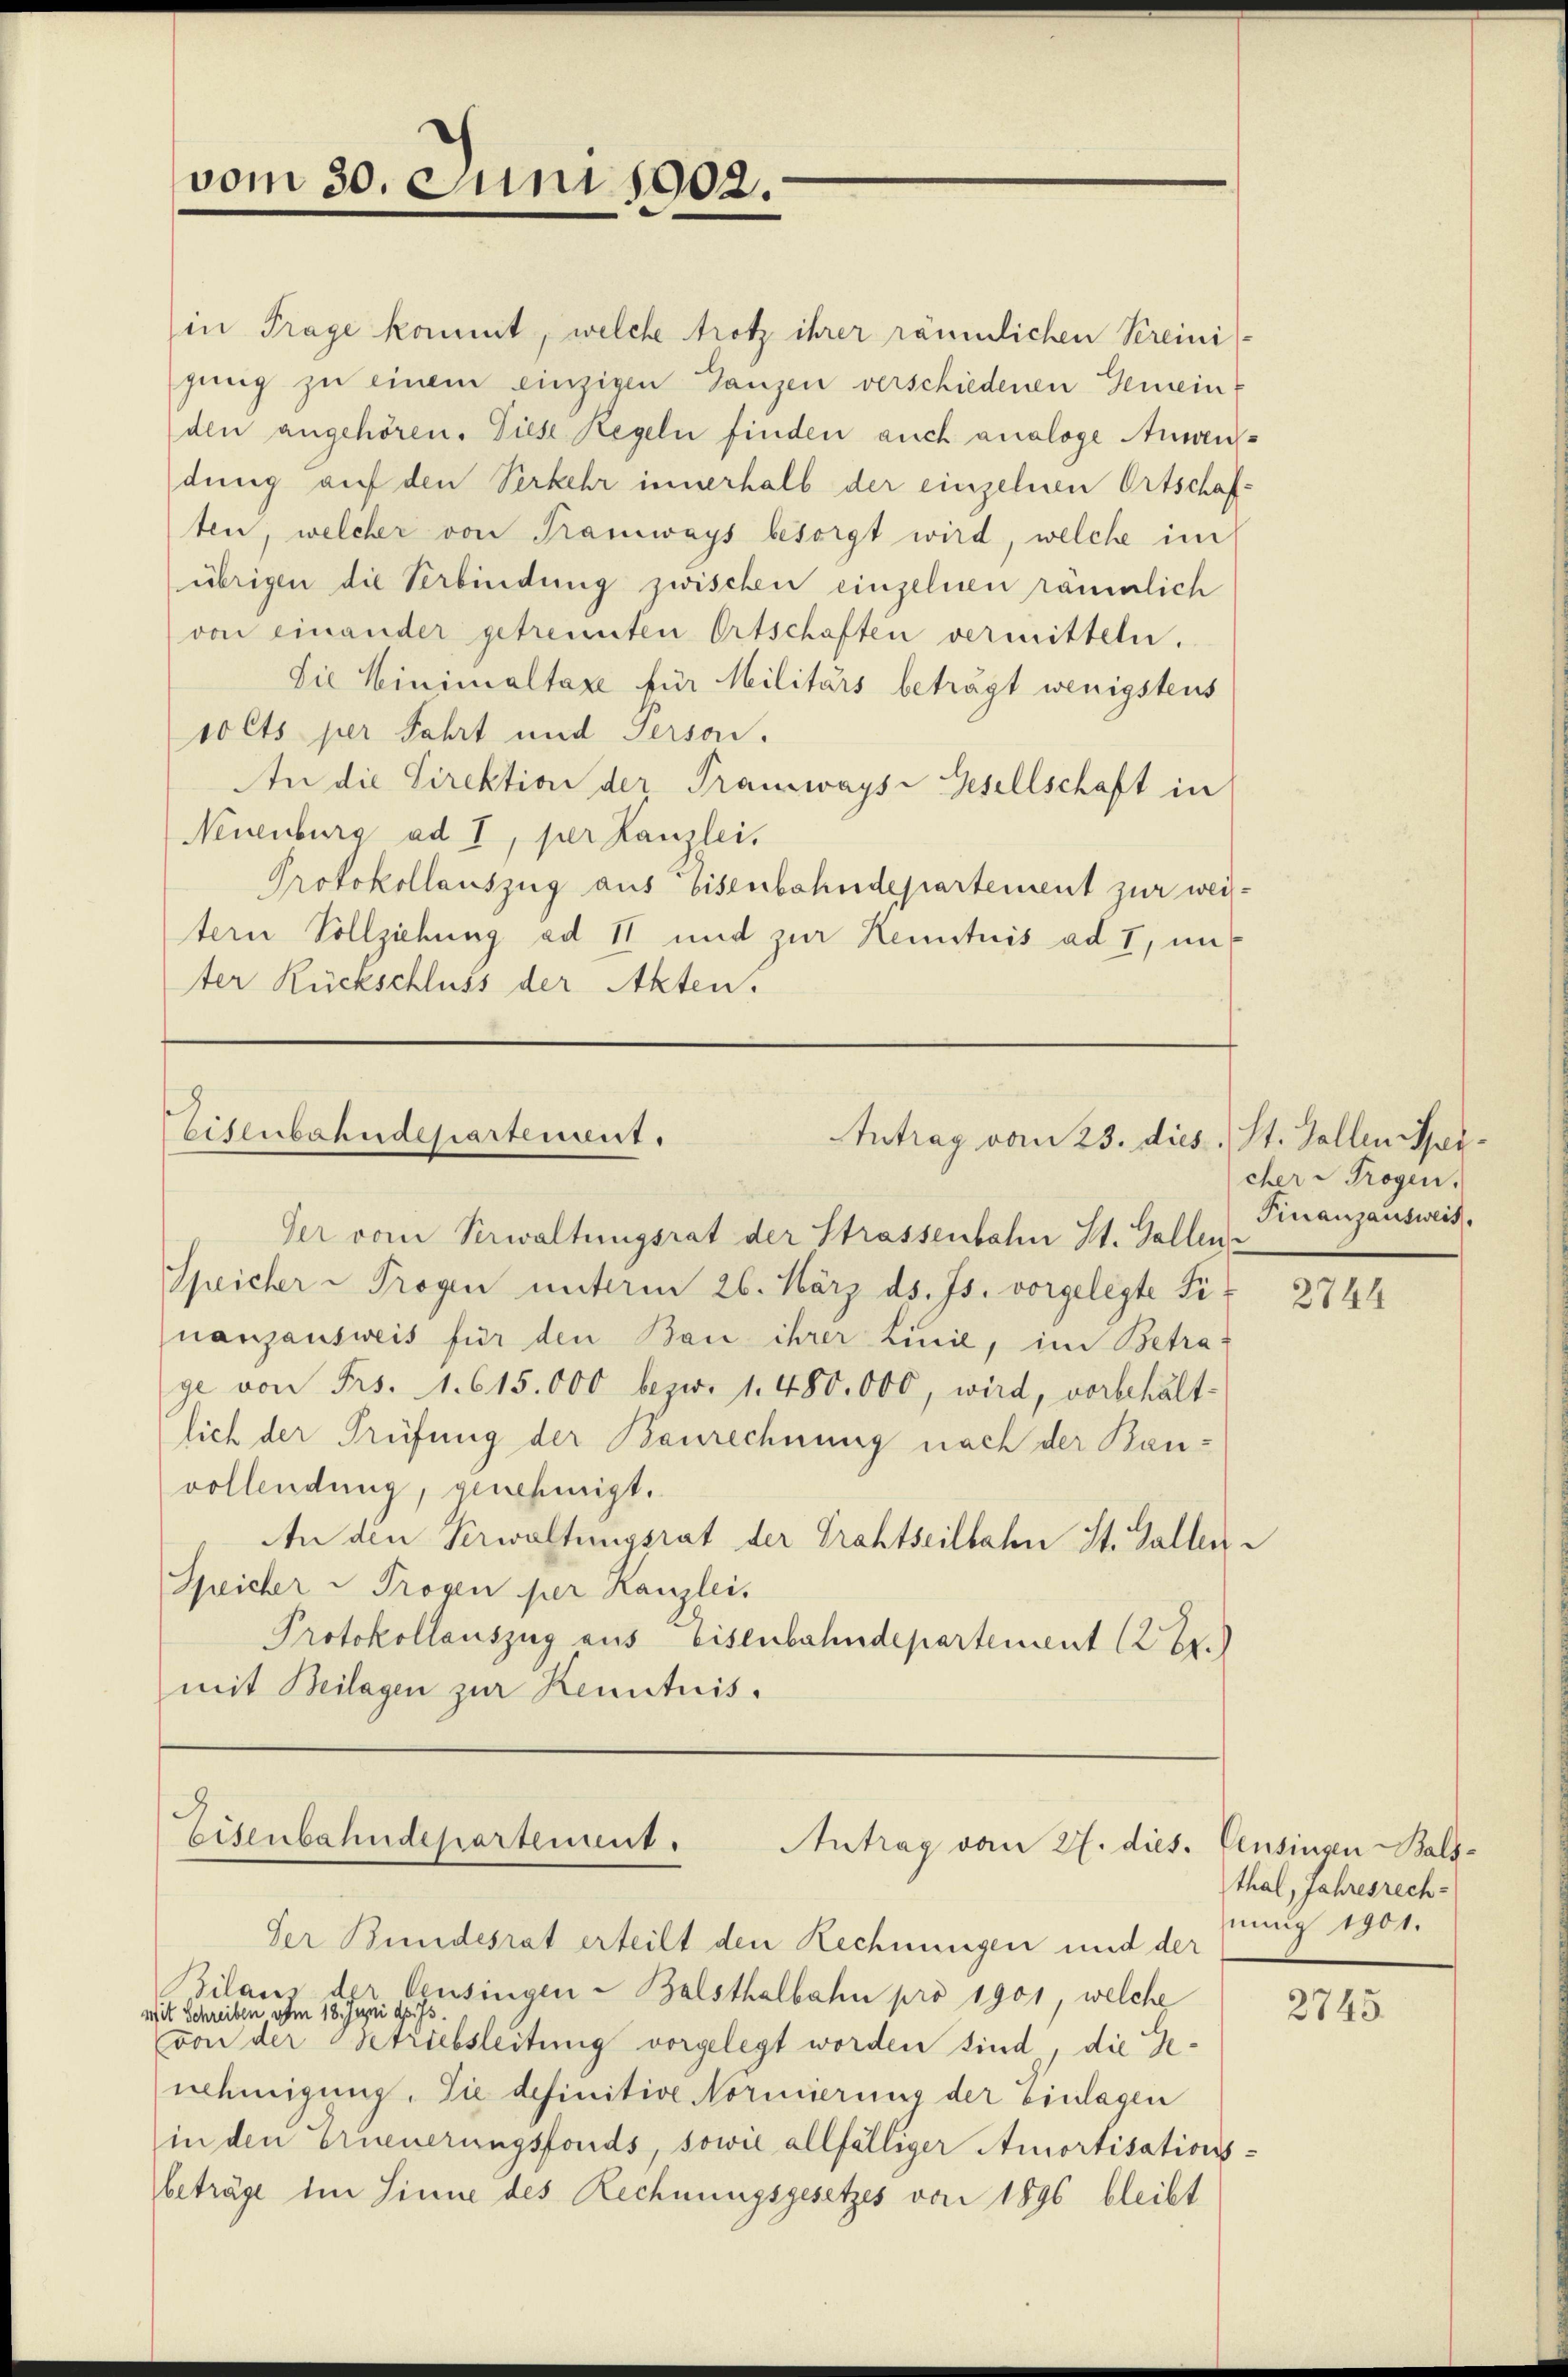
vom 30. Juni 1902.

Eisenbahndepartement.
Antrag vom 23. dies

in Trage kommt, welche trotz ihrer räumlichen Kreini-
gung zu einem einzigen Ganzen verschiedenen Gemein-
den angehören. Diese Regeln finden auch analoge Anwendung auf den Verkehr innerhalb der einzelnen Ortschaften, welcher von Tramways besorgt wird, welche im
übrigen die Verbindung zwischen einzelnen räumlich
von einander getrennten Ortschaften vermitteln.
Die Minimaltaxe für Militärs beträgt wenigstens
volts per Fahrt und Person.
An die Direktion der Tramwayse Gesellschaft in
Neuenburg ad I, per Kanzlei,
Protokollauszug aus bisenbahndepartement zur weitern Vollziehung ad II und zur Kenntnis ad 1, un
ter Rückschluss der Akten.

Ger vom Verwaltungsrat der Strassenbahn St. Gallen¬
Speicher - Trogen unterm 26. März ds. Js. vorgelegte Finanzausweis für den Bau ihrer Linie, im Betrage von Frs. 1. 615.000 bezw. 1. 480. 000, wird, vorbehält-
lich der Prüfung der Baurechnung nach der Bau-
vollendung, genehmigt.
An die Verwaltungsrat der Grahtseilbahn St. Gallen¬
Speicher u Trogen per Kanzlei.
Protokollauszug aus Eisenbahndepartement (28.)
mit Beilagen zur Kenntnis.

Eisenbahndepartement. Antrag vom 27. dies.

St. Gallen Spicher Trogen.
Finanzausweis.

Der Bundesrat erteilt den Rechnungen und der
Bilaus der Censingen - Balsthalbahn pro 1901, welche
Mit Schreiben vom 18. Juni d. Js.
von der Betriebsleitung vorgelegt worden sind, die Genehmigung. Sie definitive Normierung der Einlagen
in den Erneuerungsfonds, sowie allfälliger Amortisations
beträge im Sinne des Rechnungsgesetzes von 1896 bleibt

—

2744

Censinsen Bals-
thal, Jahresrech-
nung 1901.

2745